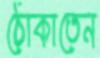
ঠোকাতেন